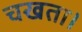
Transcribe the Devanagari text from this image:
चखता।